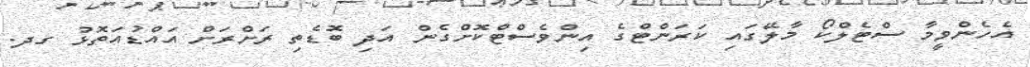
އެހެންވީމާ ސްޓެލްކޯ މާލޭގައި ކަރަންޓްގެ އިންވެސްޓްކޮށްގެން އަދި ބޮޑެތި ރަށްރަށް އައްޑުއަތޮޅު ގދ.